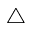
\triangle